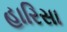
હારિસા